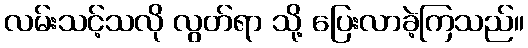
လမ်းသင့်သလို လွတ်ရာ သို့ ပြေးလာခဲ့ကြသည်။